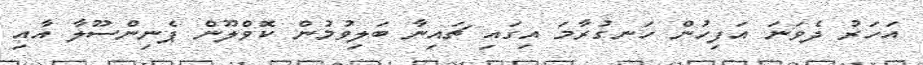
އަހަރު ދެވަނަ އަފިހުން ހަނގުރާމަ އިގައި ޗައިނާ ބަލިވުމުން ކޮވްލޫން ޕެނިންސޫލާ އާއި